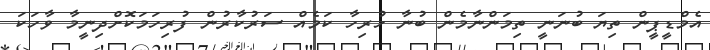
އެމްޑީޕީން ތިޔަ ބުނަނީ ތިމަންނާމެން ބުނާ ހުރިހާ ކަމެއް ސަރުކާރުން ފުރިހަމަކޮށްދިނީމާ ވާހަކަ